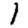
Digit: 1